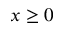
x \geq 0